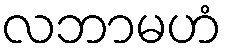
လဘာမဟံ